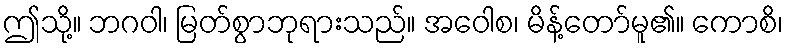
ဤသို့။ ဘဂဝါ၊ မြတ်စွာဘုရားသည်။ အဝေါစ၊ မိန့်တော်မူ၏။ ကောစိ၊